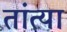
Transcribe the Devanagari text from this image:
तांत्‍या